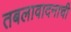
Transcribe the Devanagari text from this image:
तबलावादनाची